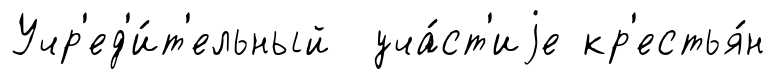
Учр'ед'и́т'ельный уча́ст'иjе кр'естья́н